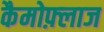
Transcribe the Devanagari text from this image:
कैमोफ़्लाज